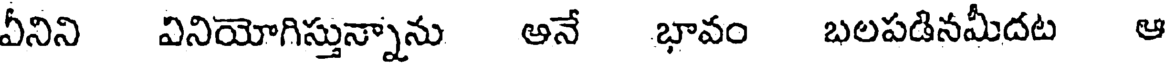
వీనిని వినియోగిస్తున్నాను అనే భావం బలపడినమీదట ఆ